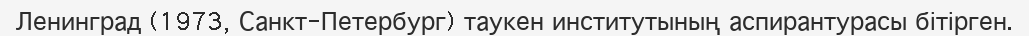
Ленинград (1973, Санкт-Петербург) таукен институтының аспирантурасы бітірген.